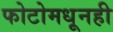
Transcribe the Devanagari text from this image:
फोटोमधूनही